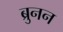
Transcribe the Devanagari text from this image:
ब्रुनन